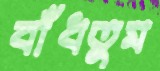
বাঁধতুম